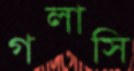
গলাসি